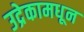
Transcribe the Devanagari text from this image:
उद्रेकामधून